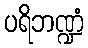
ပရိဘဏ္ဍံ